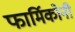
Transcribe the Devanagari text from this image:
फार्मिकोनी